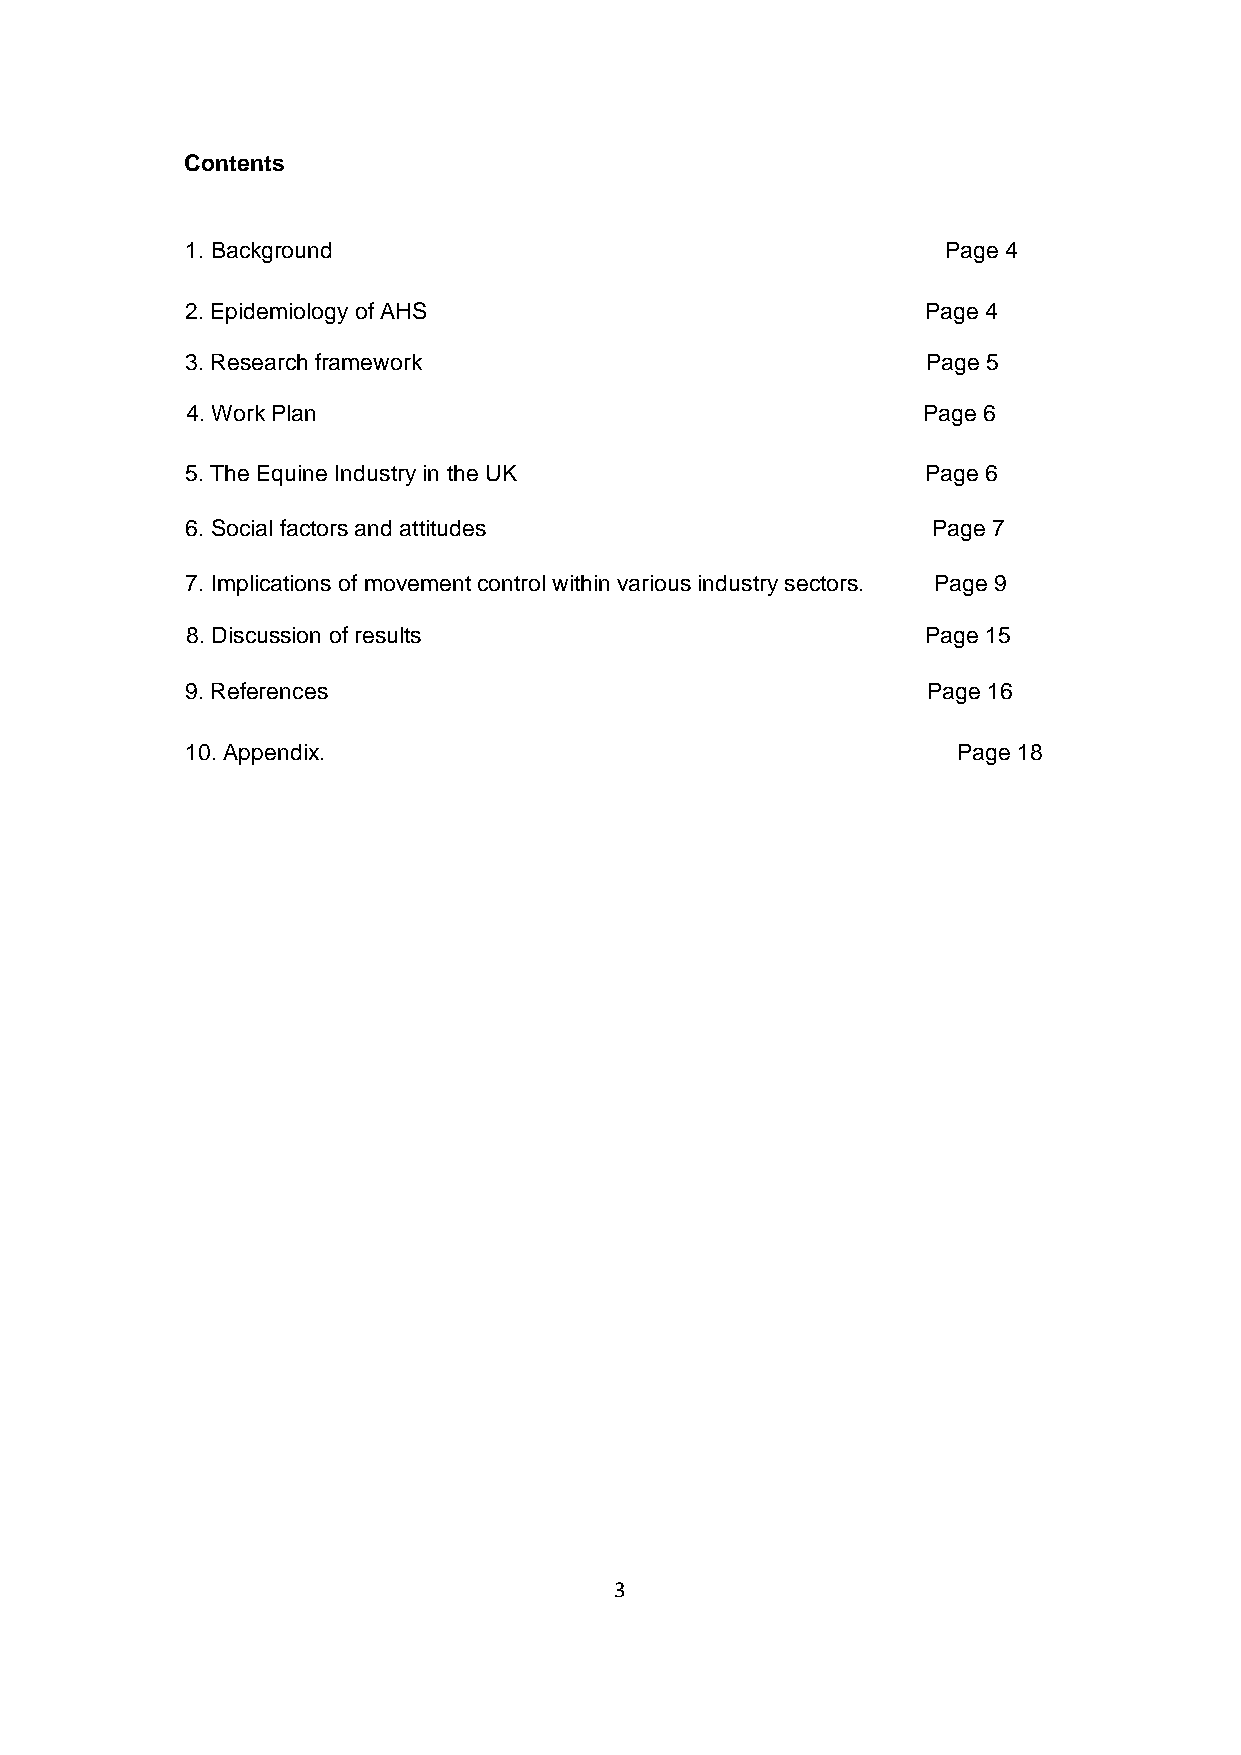
Contents
 1. Background                                      Page 4
 2. Epidemiology of AHS                           Page 4
 3. Research framework                            Page 5
 4. Work Plan                                     Page 6
 5. The Equine Industry in the UK                 Page 6
 6. Social factors and attitudes                   Page 7
 7. Implications of movement control within various industry sectors. Page 9
 8. Discussion of results                         Page 15
 9. References                                    Page 16
 10. Appendix.                                      Page 18
 3